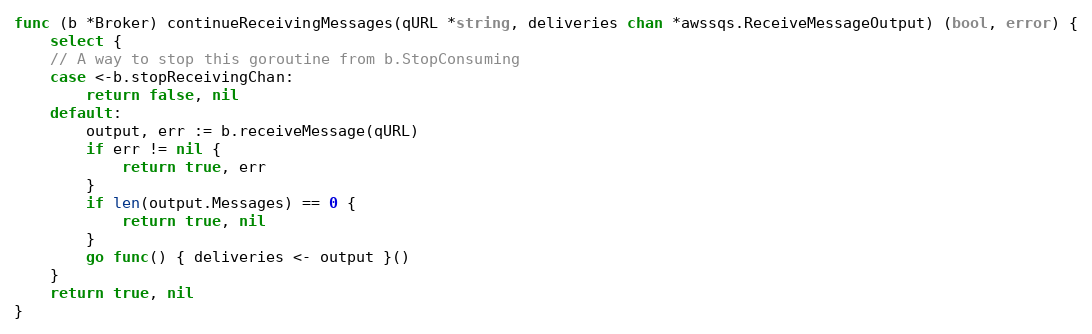
Language: Go
func (b *Broker) continueReceivingMessages(qURL *string, deliveries chan *awssqs.ReceiveMessageOutput) (bool, error) {
	select {
	// A way to stop this goroutine from b.StopConsuming
	case <-b.stopReceivingChan:
		return false, nil
	default:
		output, err := b.receiveMessage(qURL)
		if err != nil {
			return true, err
		}
		if len(output.Messages) == 0 {
			return true, nil
		}
		go func() { deliveries <- output }()
	}
	return true, nil
}